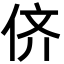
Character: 侪